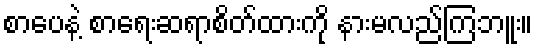
စာပေနဲ့ စာရေးဆရာစိတ်ထားကို နားမလည်ကြဘူး။